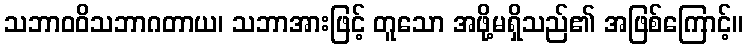
သဘာဝဝိသဘာဂတာယ၊ သဘာအားဖြင့် တူသော အဖို့မရှိသည်၏ အဖြစ်ကြောင့်။